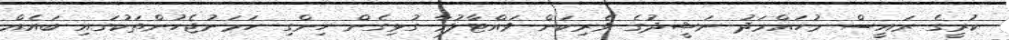
ކުރީގެ ރައީސް މުހައްމަދު ނަޝީދުގެ ވެރިކަން ވައްޓާލުމާ ގުޅިގެން ހިންގި ހަމަނުޖެހުންތަކުގައި ބައެއް